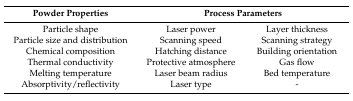
| Powder Properties | <COLSPAN=2> Process Parameters |
 | --- | --- | --- |
 | Particle shape | Laser power | Layer thickness |
 | Particle size and distribution | Scanning speed | Scanning strategy |
 | Chemical composition | Hatching distance | Building orientation |
 | Thermal conductivity | Protective atmosphere | Gas flow |
 | Melting temperature | Laser beam radius | Bed temperature |
 | Absorptivity/reflectivity | Laser type | - |